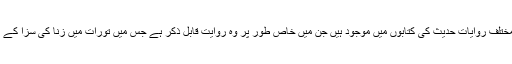
اس کے علاوہ یہودیوں کے ساتھ مذہبی معاملات پر باہمی گفتگو کے بارے میں مختلف روایات حدیث کی کتابوں میں موجود ہیں جن میں خاص طور پر وہ روایت قابل ذکر ہے جس میں تورات میں زنا کی سزا کے بارے میں یہودی علماء کے ساتھ جناب رسول اکرمؐ کی گفتگو کا ذکر کیا گیا ہے۔